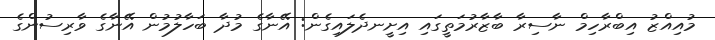
މުއިއްޒު އިބްރާހިމް ނާސިރާ ބާޒާރުމަތީގައި އިށީނދެލައިގެން: އޭނާގެ މުދާ ބަހާލުމުން އޭނާގެ ވާރިސުންގެ